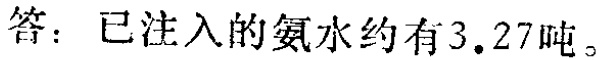
答：已注入的氨水约有\(3.27\)吨。